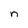
Character: n